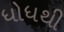
ધોધથી